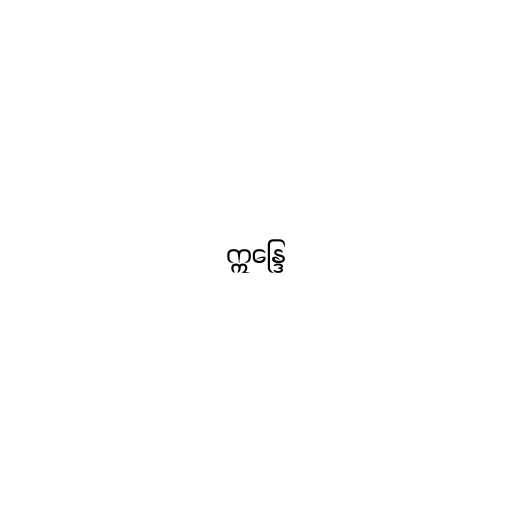
ဣန္ဒြေ